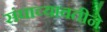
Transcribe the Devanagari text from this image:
संघाच्यावतीने